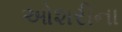
ઓશરીના